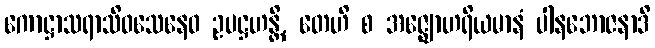
ကောဋ္ဌာသရာသိဝသေနေဝ ဥပဋ္ဌဟန္တိ, တေဟိ စ အဇ္ဈောဟရိယမာနံ ပါနဘောဇနာဒိ